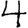
Digit: 4